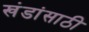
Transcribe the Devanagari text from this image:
खंडांसाठी